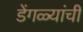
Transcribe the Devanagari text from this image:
डेंगळ्यांची